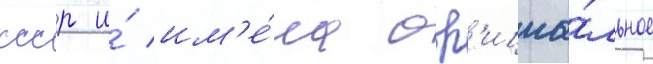
ссср и́ им'е́ла оф'ициа́льное